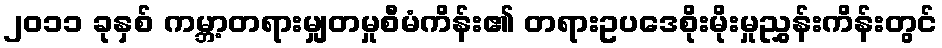
၂၀၁၁ ခုနှစ် ကမ္ဘာ့တရားမျှတမှုစီမံကိန်း၏ တရားဥပဒေစိုးမိုးမှုညွှန်းကိန်းတွင်